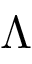
\Lambda